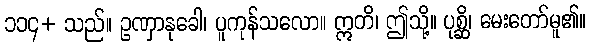
၁၁၄+ သည်။ ဥဏှာနုခေါ၊ ပူကုန်သလော။ ဣတိ၊ ဤသို့။ ပုစ္ဆိ၊ မေးတော်မူ၏။